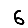
Digit: 6